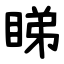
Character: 睇